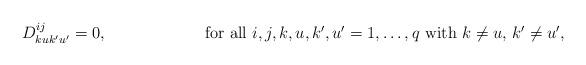
LaTeX: \begin{align*} D^{ij}_{ku k'u' }=0 , \quad\quad\quad\quad\quad\quad\mbox{for all $i,j,k,u,k',u'=1,\dots,q$ with $k \neq u $, $k'\neq u'$,} \end{align*}